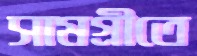
সামগ্রীতে